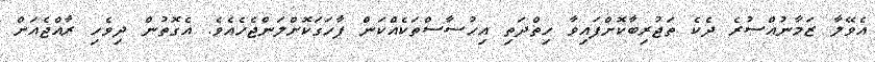
އެވޭލާ ޒަމާނުއްސުރެ ދެކެ ތަޖުރިބާކޮށްފައިވާ ހިތްދަތި އިހުސާސްތަކެއްކަން ފާހަގަކޮށްލަންޖެހެއެވެ. އެގޮތުން ދިވެހި ރާއްޖެއަށް